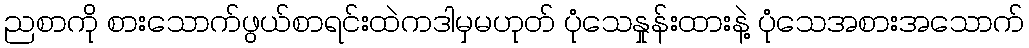
ညစာကို စားသောက်ဖွယ်စာရင်းထဲကဒါမှမဟုတ် ပုံသေနှုန်းထားနဲ့ ပုံသေအစားအသောက်